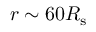
r \sim 6 0 R _ { \mathrm { s } }